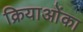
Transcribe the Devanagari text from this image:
क्रियाओंका